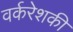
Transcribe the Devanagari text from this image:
वर्करेशकी